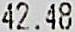
42.48